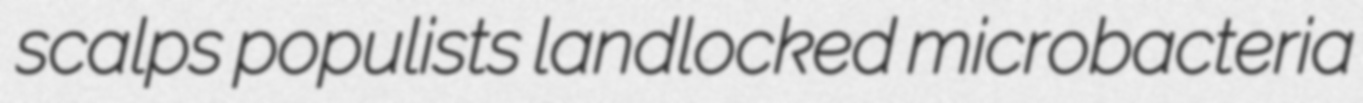
scalps populists landlocked microbacteria